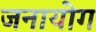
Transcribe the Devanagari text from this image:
जनायोग